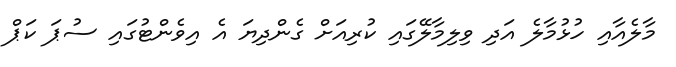
މާލެއާއި ހުޅުމާލެ އަދި ވިލިމާލޭގައި ކުރިއަށް ގެންދިޔަ އެ އިވެންޓުގައި ސުޕަ ކަޕް